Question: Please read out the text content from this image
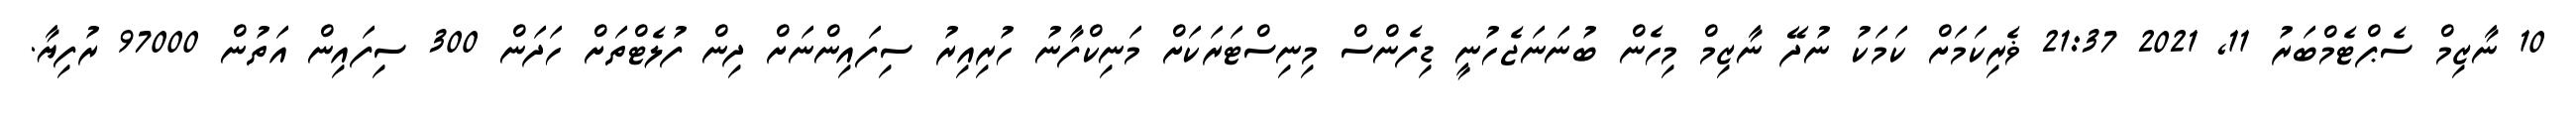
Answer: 10 ނާޒިމް ސެޕްޓެމްބަރު 11, 2021 21:37 ޥެރިކަމަށް ކަމަކު ނުދޭ ނާޒިމް މިހެން ބުނަނަޖެހުނީ ޑިފެންސް މިނިސްޓަރަކަށް މަނިކްފާނު ހުރިއިރު ސިފައިންނަށް ދިން ފުލެޓްތަށް ހަދަން 300 ސިފައިން އަތުން 97000 ރުފިޔާ.